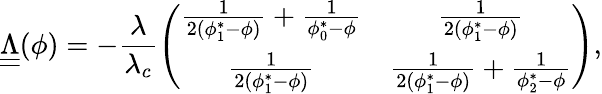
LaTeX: \underline{{\underline{{\Lambda}}}}(\phi)=-\frac{\lambda}{\lambda_{c}}\left(\begin{array}{cc}{\frac{1}{2(\phi_{1}^{*}-\phi)}+\frac{1}{\phi_{0}^{*}-\phi}}&{\frac{1}{2(\phi_{1}^{*}-\phi)}}\\ {\frac{1}{2(\phi_{1}^{*}-\phi)}}&{\frac{1}{2(\phi_{1}^{*}-\phi)}+\frac{1}{\phi_{2}^{*}-\phi}}\end{array}\right),